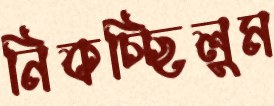
নিকচ্ছিলুম